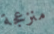
منزعجة